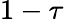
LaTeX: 1-\tau